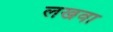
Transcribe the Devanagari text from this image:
लखवा